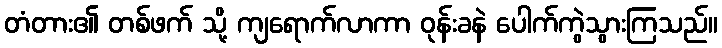
တံတား၏ တစ်ဖက် သို့ ကျရောက်လာကာ ဝုန်းခနဲ ပေါက်ကွဲသွားကြသည်။